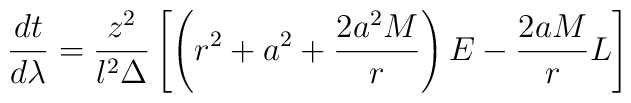
\frac{dt}{d\lambda}= \frac{z^2}{l^2\Delta}\left[\left(r^2+a^2+\frac{2a^2M}{r}\right) E-\frac{2aM}{r}L\right]